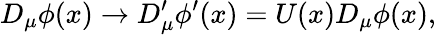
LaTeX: D_{\mu}\phi(x)\rightarrow D_{\mu}^{\prime}\phi^{\prime}(x)=U(x)D_{\mu}\phi(x),